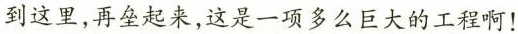
到这里，再垒起来，这是一项多么巨大的工程啊！